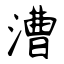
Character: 漕